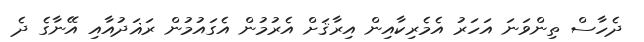
ދެހާސް ތިންވަނަ އަހަރު އެމެރިކާއިން އިރާޤަށް އެރުމުން އެގައުމުން ރަޣަދުއާއި އޭނާގެ ދެ